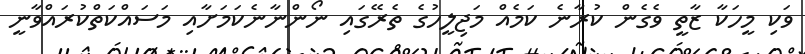
ވަކި މީހަކާ ޒާތީ ވެގެން ކުރާނެ ކަމެއް މަޖިލީހުގެ ތެރޭގައި ނޯންނާނެކަމަށާއި މަސައްކަތްކުރައްވާނީ